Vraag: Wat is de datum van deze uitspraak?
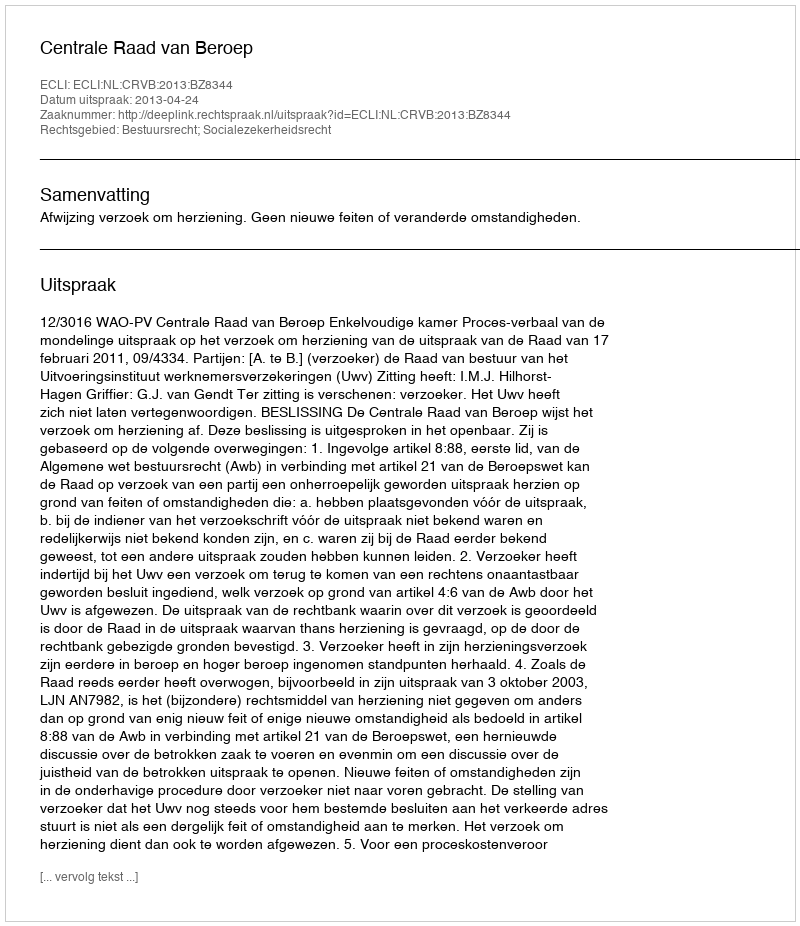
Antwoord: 2013-04-24